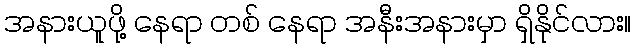
အနားယူဖို့ နေရာ တစ် နေရာ အနီးအနားမှာ ရှိနိုင်လား။